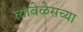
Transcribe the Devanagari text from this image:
त्यावेळेसच्या